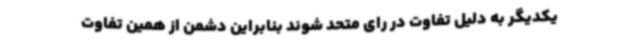
یکدیگر به دلیل تفاوت در رای متحد شوند بنابراین دشمن از همین تفاوت